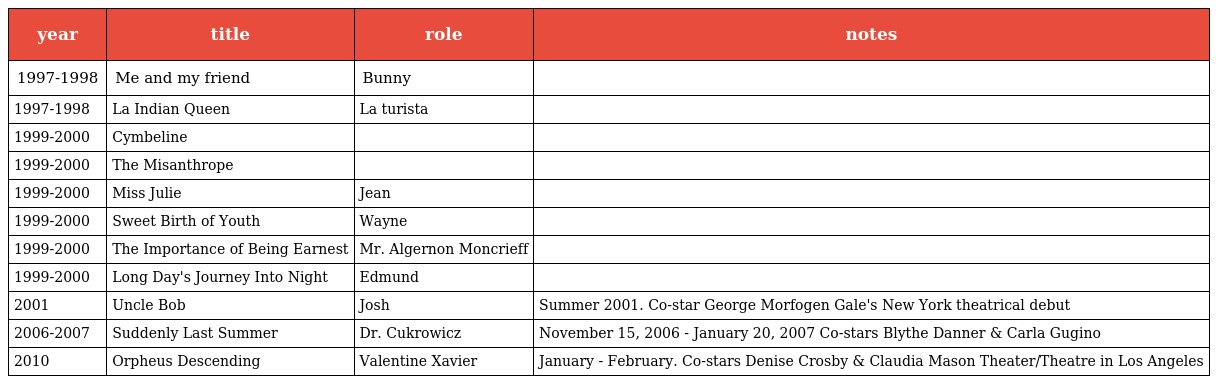
| year | title | role | notes |
 | --- | --- | --- | --- |
 | 1997-1998 | Me and my friend | Bunny |  |
 | 1997-1998 | La Indian Queen | La turista |  |
 | 1999-2000 | Cymbeline |  |  |
 | 1999-2000 | The Misanthrope |  |  |
 | 1999-2000 | Miss Julie | Jean |  |
 | 1999-2000 | Sweet Birth of Youth | Wayne |  |
 | 1999-2000 | The Importance of Being Earnest | Mr. Algernon Moncrieff |  |
 | 1999-2000 | Long Day's Journey Into Night | Edmund |  |
 | 2001 | Uncle Bob | Josh | Summer 2001. Co-star George Morfogen Gale's New York theatrical debut |
 | 2006-2007 | Suddenly Last Summer | Dr. Cukrowicz | November 15, 2006 - January 20, 2007 Co-stars Blythe Danner & Carla Gugino |
 | 2010 | Orpheus Descending | Valentine Xavier | January - February. Co-stars Denise Crosby & Claudia Mason Theater/Theatre in Los Angeles |